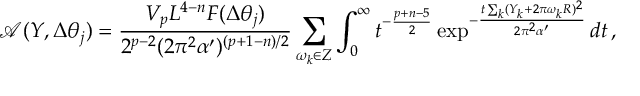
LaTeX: \mathcal { A } ( Y , \Delta \theta _ { j } ) = \frac { V _ { p } L ^ { 4 - n } F ( \Delta \theta _ { j } ) } { 2 ^ { p - 2 } ( 2 \pi ^ { 2 } \alpha ^ { \prime } ) ^ { ( p + 1 - n ) / 2 } } \sum _ { \omega _ { k } \in Z } \int _ { 0 } ^ { \infty } t ^ { - \frac { p + n - 5 } { 2 } } \exp ^ { - \frac { t \sum _ { k } ( Y _ { k } + 2 \pi \omega _ { k } R ) ^ { 2 } } { 2 \pi ^ { 2 } \alpha ^ { \prime } } } d t \, ,